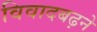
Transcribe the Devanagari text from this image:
विवादबढ़ने